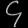
Digit: ၄